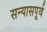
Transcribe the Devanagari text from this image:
सन्यासपूर्व